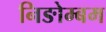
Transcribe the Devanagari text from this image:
निङोम्बम